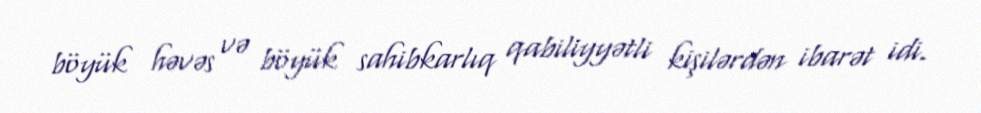
böyük həvəs və böyük sahibkarlıq qabiliyyətli kişilərdən ibarət idi.